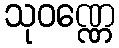
သုဝဏ္ဏေ